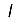
Digit: 1